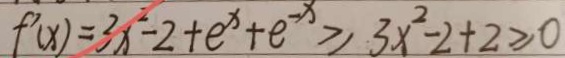
f ^ { \prime } ( x ) = 3 x ^ { 2 } - 2 + e ^ { x } + e ^ { - x } \geq 3 x ^ { 2 } - 2 + 2 \geq 0